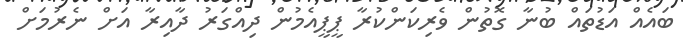
ބައެއް އަޑުތައް ބުނާ ގޮތުން ވެރިކަންކުރާ ޕީޕީއެމުން ދިއްގަރު ދާއިރާ އަށް ނެރުމަށް